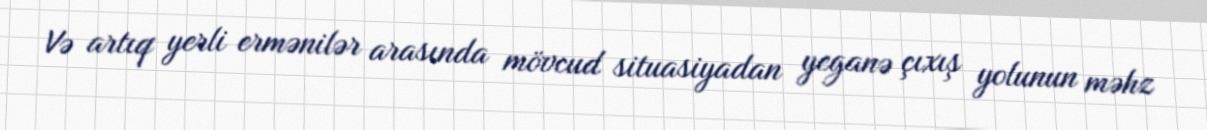
Və artıq yerli ermənilər arasında mövcud situasiyadan yeganə çıxış yolunun məhz